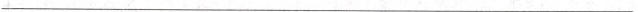
___